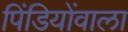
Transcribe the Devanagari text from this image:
पिंडियोंवाला